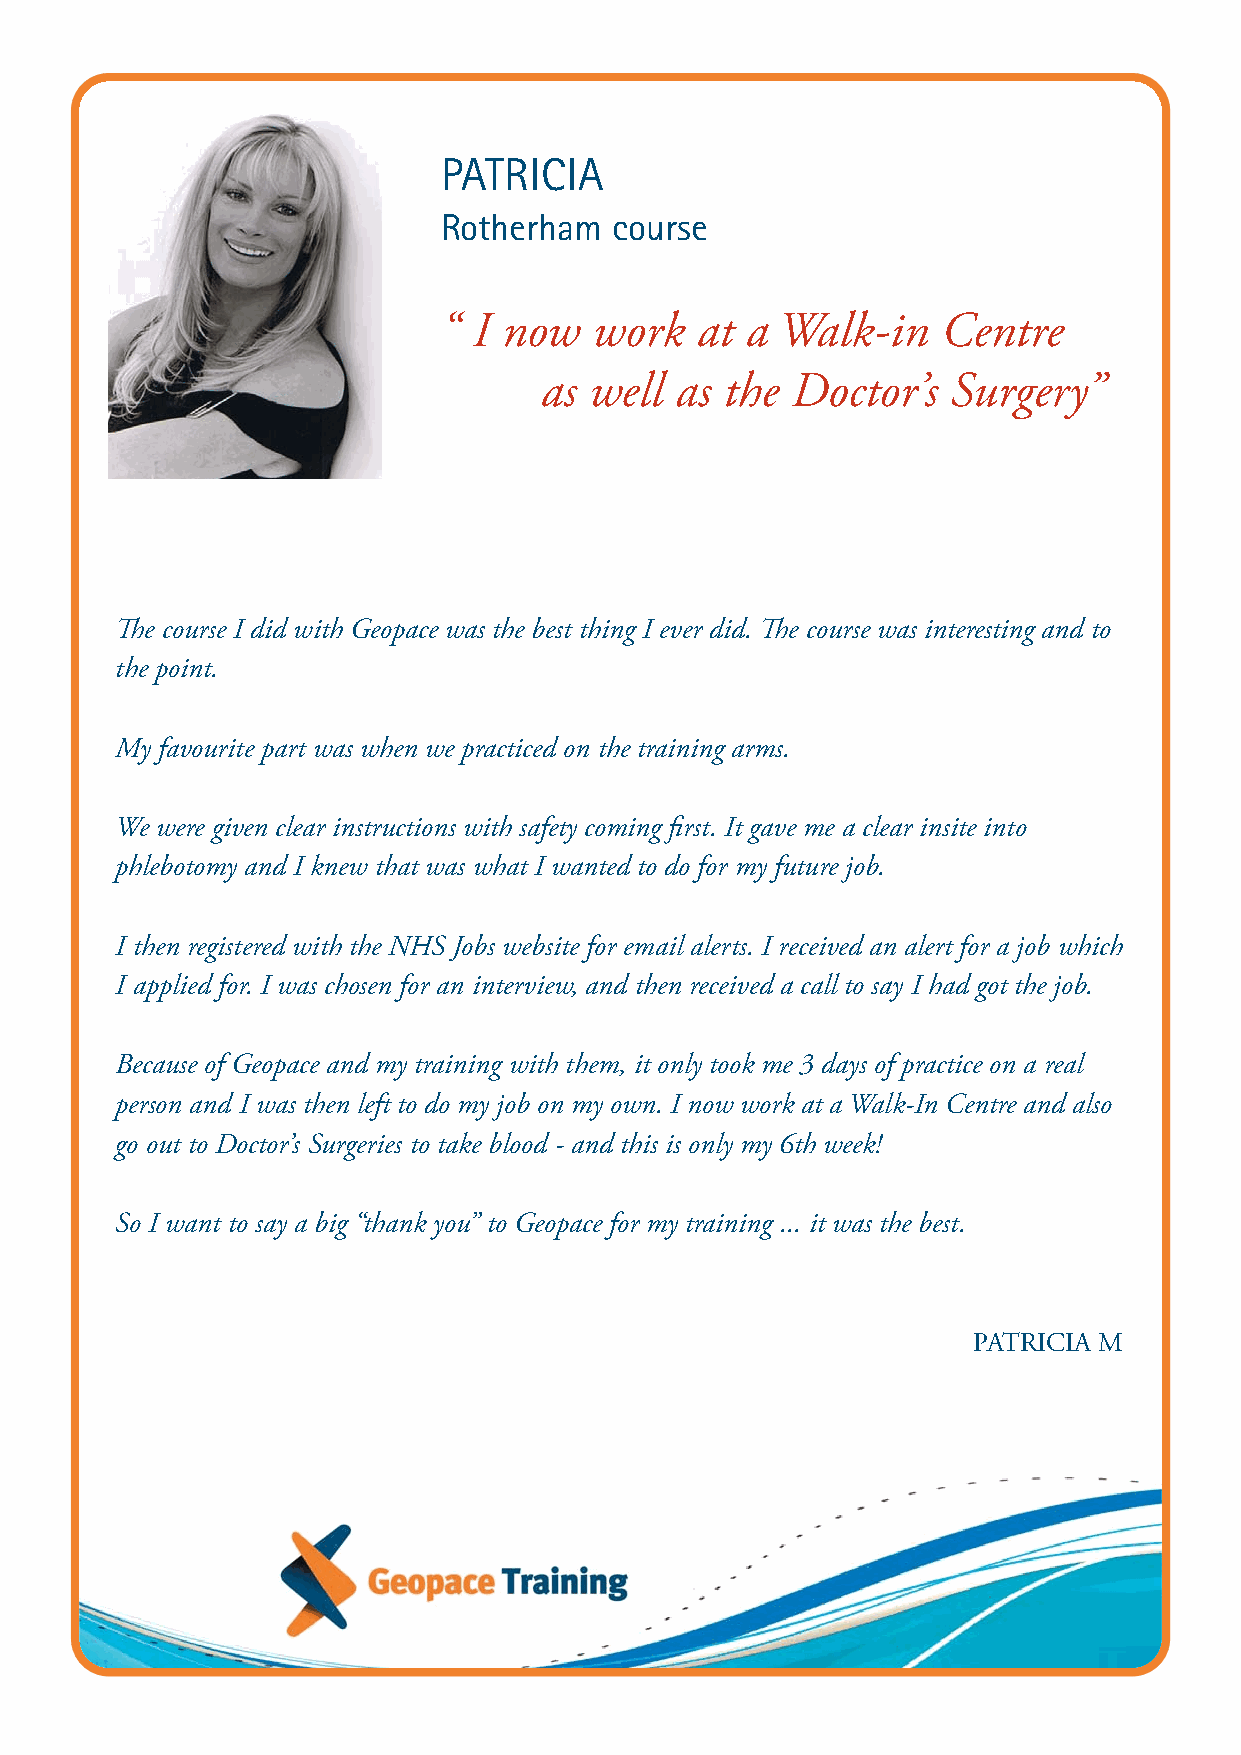
PATRICIA
 Rotherham  course
 “ I now   work   at a Walk-in    Centre
 as well  as the Doctor’s   Surgery”
 The course I did with Geopace was the best thing I ever did. The course was interesting and to
 the point.
 My favourite part was when we practiced on the training arms.
 We were given clear instructions with safety coming first. It gave me a clear insite into
 phlebotomy and I knew that was what I wanted to do for my future job.
 I then registered with the NHS Jobs website for email alerts. I received an alert for a job which
 I applied for. I was chosen for an interview, and then received a call to say I had got the job.
 Because of Geopace and my training with them, it only took me 3 days of practice on a real
 person and I was then left to do my job on my own. I now work at a Walk-In Centre and also
 go out to Doctor’s Surgeries to take blood - and this is only my 6th week!
 So I want to say a big “thank you” to Geopace for my training ... it was the best.
 PATRICIA M